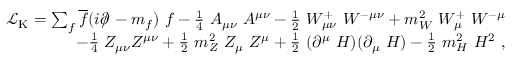
{ \begin{array} { r } { { \mathcal { L } } _ { \mathrm { K } } = \sum _ { f } { \overline { { f } } } ( i \partial \! \! \! / \! \; - m _ { f } ) \ f - { \frac { 1 } { 4 } } \ A _ { \mu \nu } \ A ^ { \mu \nu } - { \frac { 1 } { 2 } } \ W _ { \mu \nu } ^ { + } \ W ^ { - \mu \nu } + m _ { W } ^ { 2 } \ W _ { \mu } ^ { + } \ W ^ { - \mu } } \\ { \qquad - { \frac { 1 } { 4 } } \ Z _ { \mu \nu } Z ^ { \mu \nu } + { \frac { 1 } { 2 } } \ m _ { Z } ^ { 2 } \ Z _ { \mu } \ Z ^ { \mu } + { \frac { 1 } { 2 } } \ ( \partial ^ { \mu } \ H ) ( \partial _ { \mu } \ H ) - { \frac { 1 } { 2 } } \ m _ { H } ^ { 2 } \ H ^ { 2 } ~ , } \end{array} }